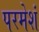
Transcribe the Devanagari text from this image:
परमेशं